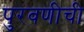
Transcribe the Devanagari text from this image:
पुरवणीची